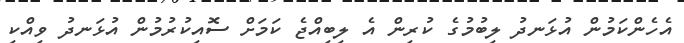
އެހެންކަމުން އުޅަނދު ލިބުމުގެ ކުރިން އެ ލިބިއްޖެ ކަމަށް ސޮއިކުރުމުން އުޅަނދު ވިއްކި